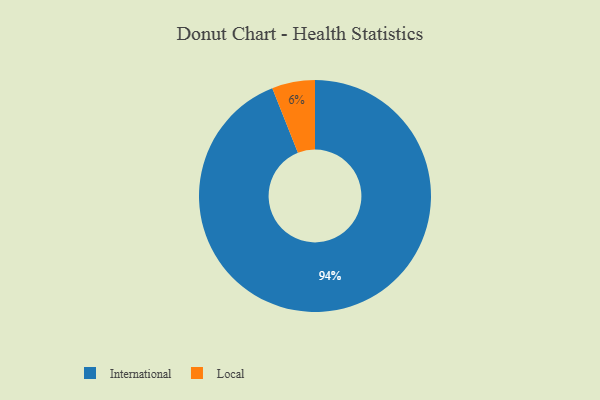
{"axis": {"x": "Category", "y": "Percentage"}, "legend": ["International", "Local"], "data": [{"x": "International", "y": 94, "type": "International"}, {"x": "Local", "y": 6, "type": "Local"}]}